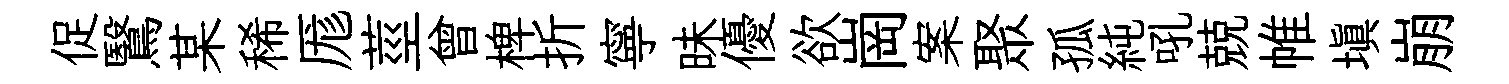
促鷖某稀厖莖曾椑折寧昧優欲崗案聚孤純吼兢帷填崩